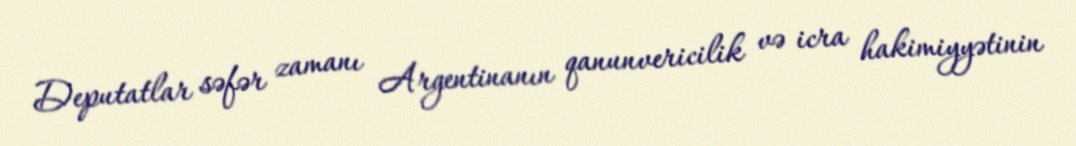
Deputatlar səfər zamanı Argentinanın qanunvericilik və icra hakimiyyətinin